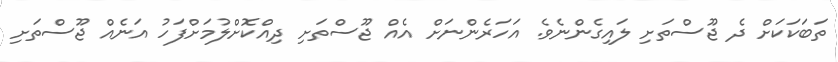
ތަބަކަކަށް ދެ ޖޫސްތަށި ލައިގެންނެވެ. އަހަރެންނަށް އެއް ޖޫސްތަށި ދިއްކޮށްލުމަށްފަހު އަނެއް ޖޫސްތަށި